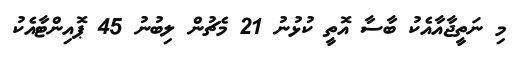
މި ނަތީޖާއާއެކު ބާސާ އޮތީ ކުޅުނު 21 މެޗުން ލިބުނު 45 ޕޮއިންޓާއެކު